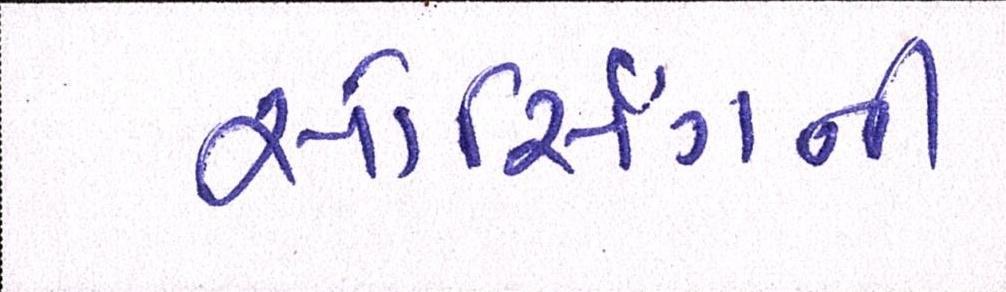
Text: સોર્સિંગની